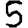
Digit: 5